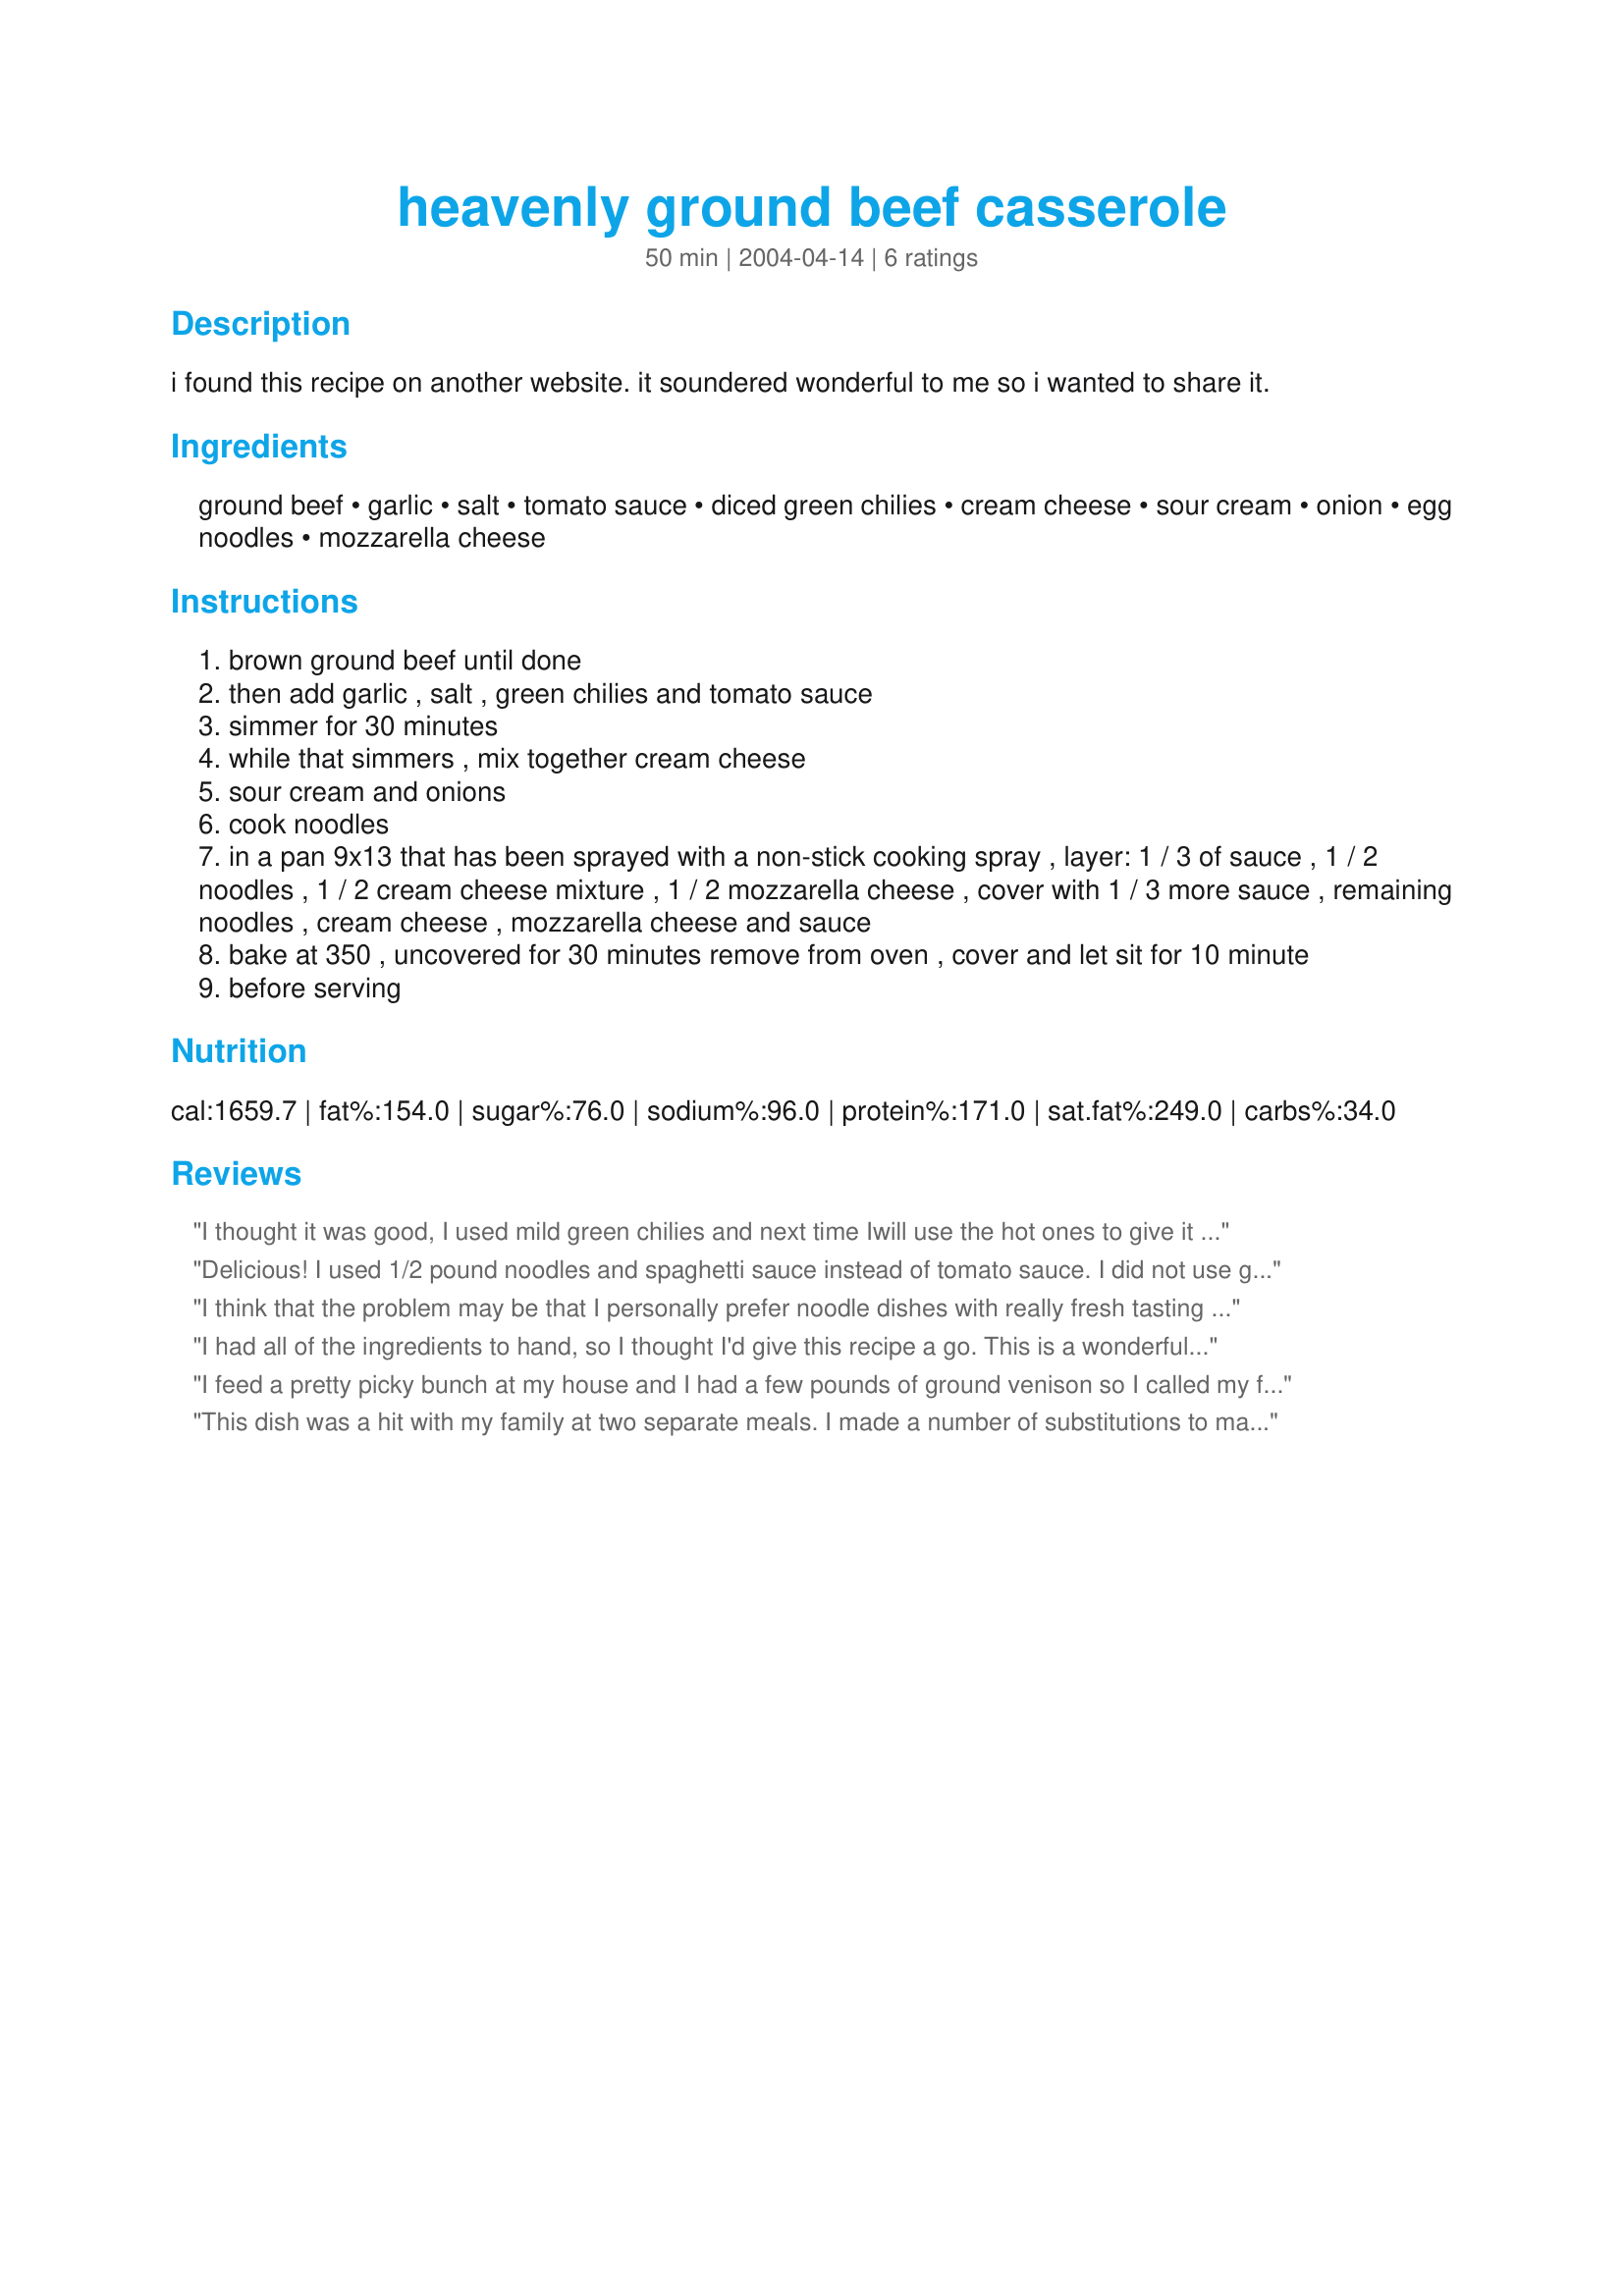
heavenly ground beef casserole
Preparation time: 50 minutes

i found this recipe on another website. it soundered wonderful to me so i wanted to share it.

Ingredients:
ground beef, garlic, salt, tomato sauce, diced green chilies, cream cheese, sour cream, onion, egg noodles, mozzarella cheese

Steps:
brown ground beef until done
then add garlic , salt , green chilies and tomato sauce
simmer for 30 minutes
while that simmers , mix together cream cheese
sour cream and onions
cook noodles
in a pan 9x13 that has been sprayed with a non-stick cooking spray , layer: 1 / 3 of sauce , 1 / 2 noodles , 1 / 2 cream cheese mixture , 1 / 2 mozzarella cheese , cover with 1 / 3 more sauce , remaining noodles , cream cheese , mozzarella cheese and sauce
bake at 350 , uncovered for 30 minutes remove from oven , cover and let sit for 10 minute
before serving

Reviews:
I thought it was good, I used mild green chilies and next time Iwill use the hot ones to give it more spice.
Delicious! I used 1/2 pound noodles and spaghetti sauce instead of tomato sauce. I did not use green chilies.
It was wonderful.
I think that the problem may be that I personally prefer noodle dishes with really fresh tasting ingredients- as opposed to super rich and heavy... I wanted a quick easy dinner that my 2 1/2 year old daughter and I would enjoy and this really sounded good- but I found the cream cheese to be really heavy and wish that I had enough sour cream on hand to have supplemented it (and I knew when I started to layer on all of that mozzarella that it would be sooooo super rich!) I did not have tomato sauce on hand so I used Rotel canned tomatoes and an extra teaspoon of garlic. I also added about a teaspoon and a half of sweet paprika and about the same amt. of cumin, for flavor. My daughter wanted nothing to do with the end result (and no, it wasn't due to the spice... she is a super good eater and typically devours spicy food!) and I, personally, could only eat a little bit due to it's richness. I did enjoy the green salad and glass of Zin anyway. Thanks for sharing anyhow- it was a fun recipe to try.
I had all of the ingredients to hand, so I thought I'd give this recipe a go. This is a wonderful family supper dish and the leftovers are great heated up the next day. Thanks for posting this.
I feed a pretty picky bunch at my house and I had a few pounds of ground venison so I called my friend Mary who passed on this recipe. I had to improvise and use ingredients I had on hand. I made a few substitutions such as: used venison instead of beef, did not use the green chiles, used macaroni instead of egg noodles, used cheddar on top, and for the cheese filling I used a mixture of a half of jar of Alfredo sauce and cream cheese. My family raved about this being very filling and tasty. They also gave it a thumbs up for our favorites list.
This dish was a hit with my family at two separate meals. I made a number of substitutions to make it lower in fat and more nutritious. I used whole wheat elbow macaroni instead of egg noodles, and I substituted fat free cream cheese and sour cream. In addition, I added fresh mushrooms and sundried tomatoes to the sauce.
